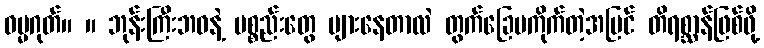
ဓမ္မဂုတ်။ ။ ဘုန်းကြီးဘဝနဲ့ ပစ္စည်းတွေ များနေတာလဲ တွက်ခြေမကိုက်တဲ့အပြင် တိရစ္ဆာန်ဖြစ်ဖို့